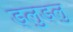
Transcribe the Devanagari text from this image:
ड्लुड्लु